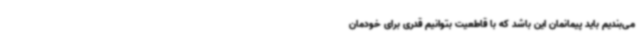
می‌بندیم باید پیمانمان این باشد که با قاطعیت بتوانیم قدری برای خودمان